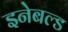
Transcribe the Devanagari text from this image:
इनेबल्ड